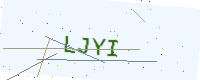
Text: LJYI